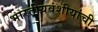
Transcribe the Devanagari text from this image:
भारतीयवंशीयांची